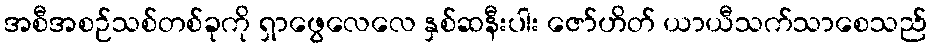
အစီအစဉ်သစ်တစ်ခုကို ရှာဖွေလေလေ နှစ်ဆနီးပါး ဇော်ဟိတ် ယာယီသက်သာစေသည်